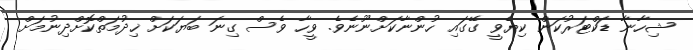
ޝިހާނާ ޑަކްޓަރުކަން ކިޔެވީ ގޭގައި ހުންނާކަށްނޫނެވެ. ވީހާ ވެސް ގިނަ ބަޔަކަށް ޚިދުމަތްކޮށްދިނުމަށް